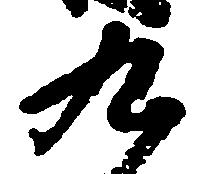
九